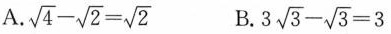
A.$$\sqrt { 4 } - \sqrt { 2 } = \sqrt { 2 }$$ B.$$3 \sqrt { 3 } - \sqrt { 3 } = 3$$